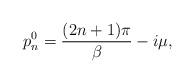
LaTeX: \begin{align*}p^0_n = \frac{(2n+1)\pi} {\beta} - i\mu ,\end{align*}